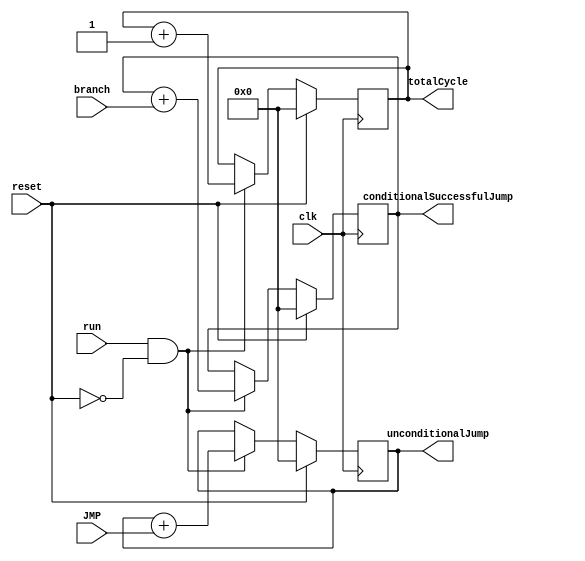
`timescale 1ns / 1ps
//////////////////////////////////////////////////////////////////////////////////
// Company: 
// Engineer: 
// 
// Design Name: 
// Module Name: COUNT
// Project Name: 
// Target Devices: 
// Tool Versions: 
// Description: 
// 
// Dependencies: 
// 
// Revision:
// Revision 0.01 - File Created
// Additional Comments:
// 
//////////////////////////////////////////////////////////////////////////////////


module COUNT(
    input wire reset,
    input wire clk,
    input wire run,
    input wire branch,
    input wire JMP,
    output reg[15: 0] totalCycle = 0,                    //
    output reg[15: 0] unconditionalJump = 0,            //
    output reg[15: 0] conditionalSuccessfulJump = 0     //
    );
    always @(posedge clk) begin
        if(reset) begin
            totalCycle <= 0;
            unconditionalJump <= 0;
            conditionalSuccessfulJump <= 0;
        end 
        else if (run && ~reset) begin
            totalCycle <= totalCycle + 1;
            unconditionalJump <= unconditionalJump + JMP;
            conditionalSuccessfulJump <= conditionalSuccessfulJump + branch;
        end 
        else begin
            totalCycle <= totalCycle;
            unconditionalJump <= unconditionalJump;
            conditionalSuccessfulJump <= conditionalSuccessfulJump;
        end
    end
    
endmodule